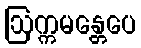
ဩက္ကမန္တေပေ